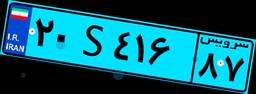
۹۳S۲۳۷۰۹